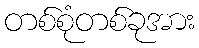
တစ်စုံတစ်ခုအား